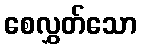
စေလွှတ်သော